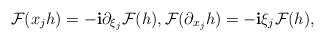
LaTeX: \begin{align*}\mathcal{F}(x_{j}h)=-\mathbf{i}\partial_{\xi_j} \mathcal{F}(h),\mathcal{F}(\partial_{x_j}h) =-\mathbf{i}\xi_j \mathcal{F}(h),\end{align*}